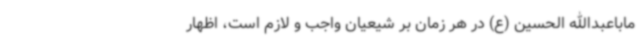
ماباعبدالله الحسین (ع) در هر زمان بر شیعیان واجب و لازم است، اظهار